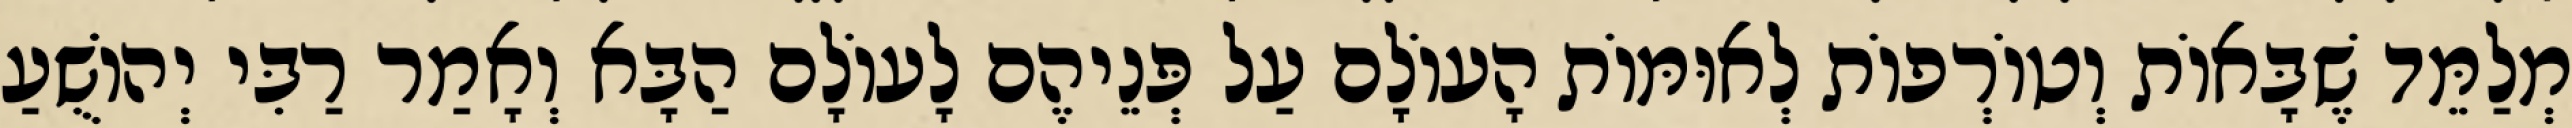
מְלַמֵּד שֶׁבָּאוֹת וְטוֹרְפוֹת לְאוּמּוֹת הָעוֹלָם עַל פְּנֵיהֶם לָעוֹלָם הַבָּא וְאָמַר רַבִּי יְהוֹשֻׁעַ